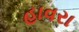
હાવરા